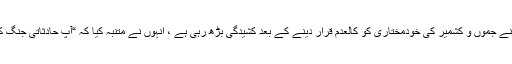
لیکن پچھلے مہینے نئی دہلی نے جموں و کشمیر کی خودمختاری کو کالعدم قرار دینے کے بعد کشیدگی بڑھ رہی ہے ، انہوں نے متنبہ کیا کہ “آپ حادثاتی جنگ کو مسترد نہیں کرسکتے ہیں”۔